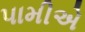
પામીએ